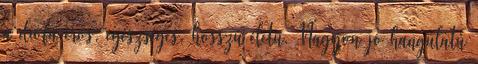
a diófa erős, egészséges, hosszú életű. Nagyon jó hangulatú